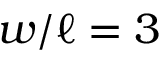
w / \ell = 3